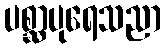
ပစ္ဆာပုရေသညာ